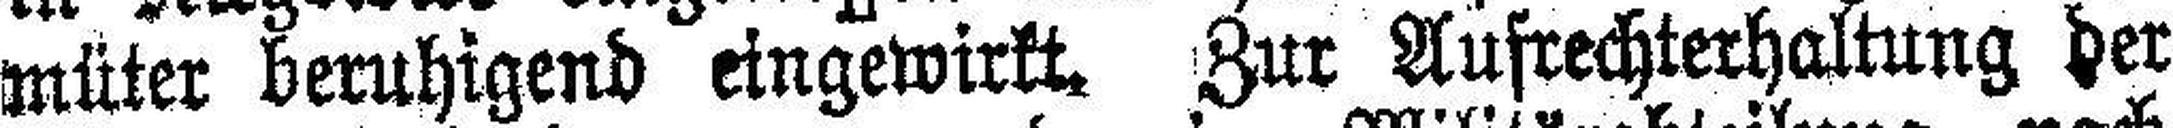
müter beruhigend eingewirkt. Zur Aufrechterhaltung der